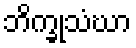
ဘိက္ခုသံဃာ